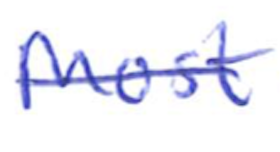
Text: Most
Cross-out: single-line
Writing tool: ballpoint